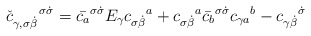
\begin{align*}{\check c}_{\gamma, \sigma \dot \beta}^{\enspace \enspace \enspace \,\sigma \dot \sigma}=\bar {c_{a}}^{\sigma \dot \sigma}E_{\gamma}{c_{\sigma \dot \beta}}^{a} +{c_{\sigma \dot \beta}}^{a}\bar {c_{b}}^{\sigma \dot \sigma}{c_{\gamma a}}^{b} - {c_{\gamma \dot \beta}}^{\dot \sigma}\end{align*}